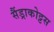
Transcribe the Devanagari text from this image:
सैंड्राकोट्टस